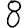
Digit: 8